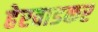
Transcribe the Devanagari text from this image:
हेरवाडकर